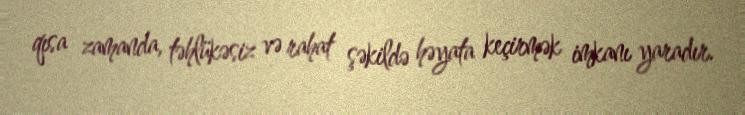
qısa zamanda, təhlükəsiz və rahat şəkildə həyata keçirmək imkanı yaradır.